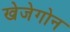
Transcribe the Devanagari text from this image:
खेजेगोन